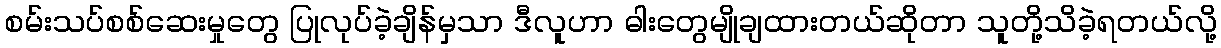
စမ်းသပ်စစ်ဆေးမှုတွေ ပြုလုပ်ခဲ့ချိန်မှသာ ဒီလူဟာ ဓါးတွေမျိုချထားတယ်ဆိုတာ သူတို့သိခဲ့ရတယ်လို့